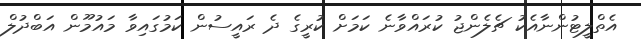
އެތްލީޓުންނާއެކު ޗެލެންޖު ކުރައްވާނެ ކަމަށް ކުރީގެ ދެ ރައީސުން ކަމުގައިވާ މައުމޫން އަބްދުލް